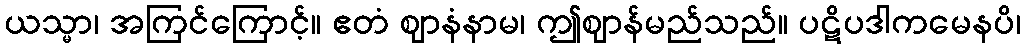
ယသ္မာ၊ အကြင်ကြောင့်။ ဧတံ ဈာနံနာမ၊ ဤဈာန်မည်သည်။ ပဋိပဒါကမေနပိ၊